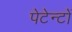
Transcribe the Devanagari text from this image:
पेटेन्टों